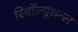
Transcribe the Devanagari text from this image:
रिवॉल्यूशन्स